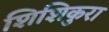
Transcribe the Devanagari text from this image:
शिशिकुरा